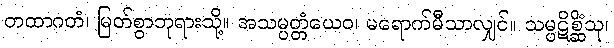
တထာဂတံ၊ မြတ်စွာဘုရားသို့။ အသမ္ပတ္တံယေဝ၊ မရောက်မီသာလျှင်။ သမ္ပဋိစ္ဆိံသု၊